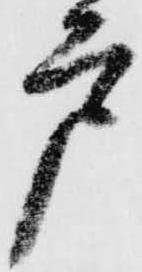
戸